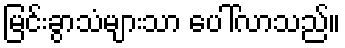
မြင်းခွာသံများသာ ပေါ်လာသည်။